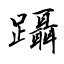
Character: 躡